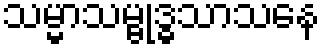
သမ္မာသမ္ဗုဒ္ဓသာသနေ